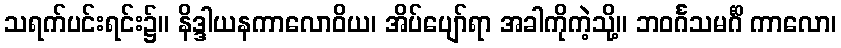
သရက်ပင်းရင်း၌။ နိဒ္ဒါယနကာလောဝိယ၊ အိပ်ပျော်ရာ အခါကိုကဲ့သို့။ ဘဝင်္ဂသမင်္ဂိ ကာလော၊